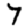
Digit: 7